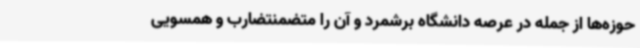
حوزه‌ها از جمله در عرصه دانشگاه برشمرد و آن را متضمنتضارب و همسویی